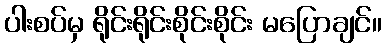
ပါးစပ်မှ ရိုင်းရိုင်းစိုင်းစိုင်း မပြောချင်။